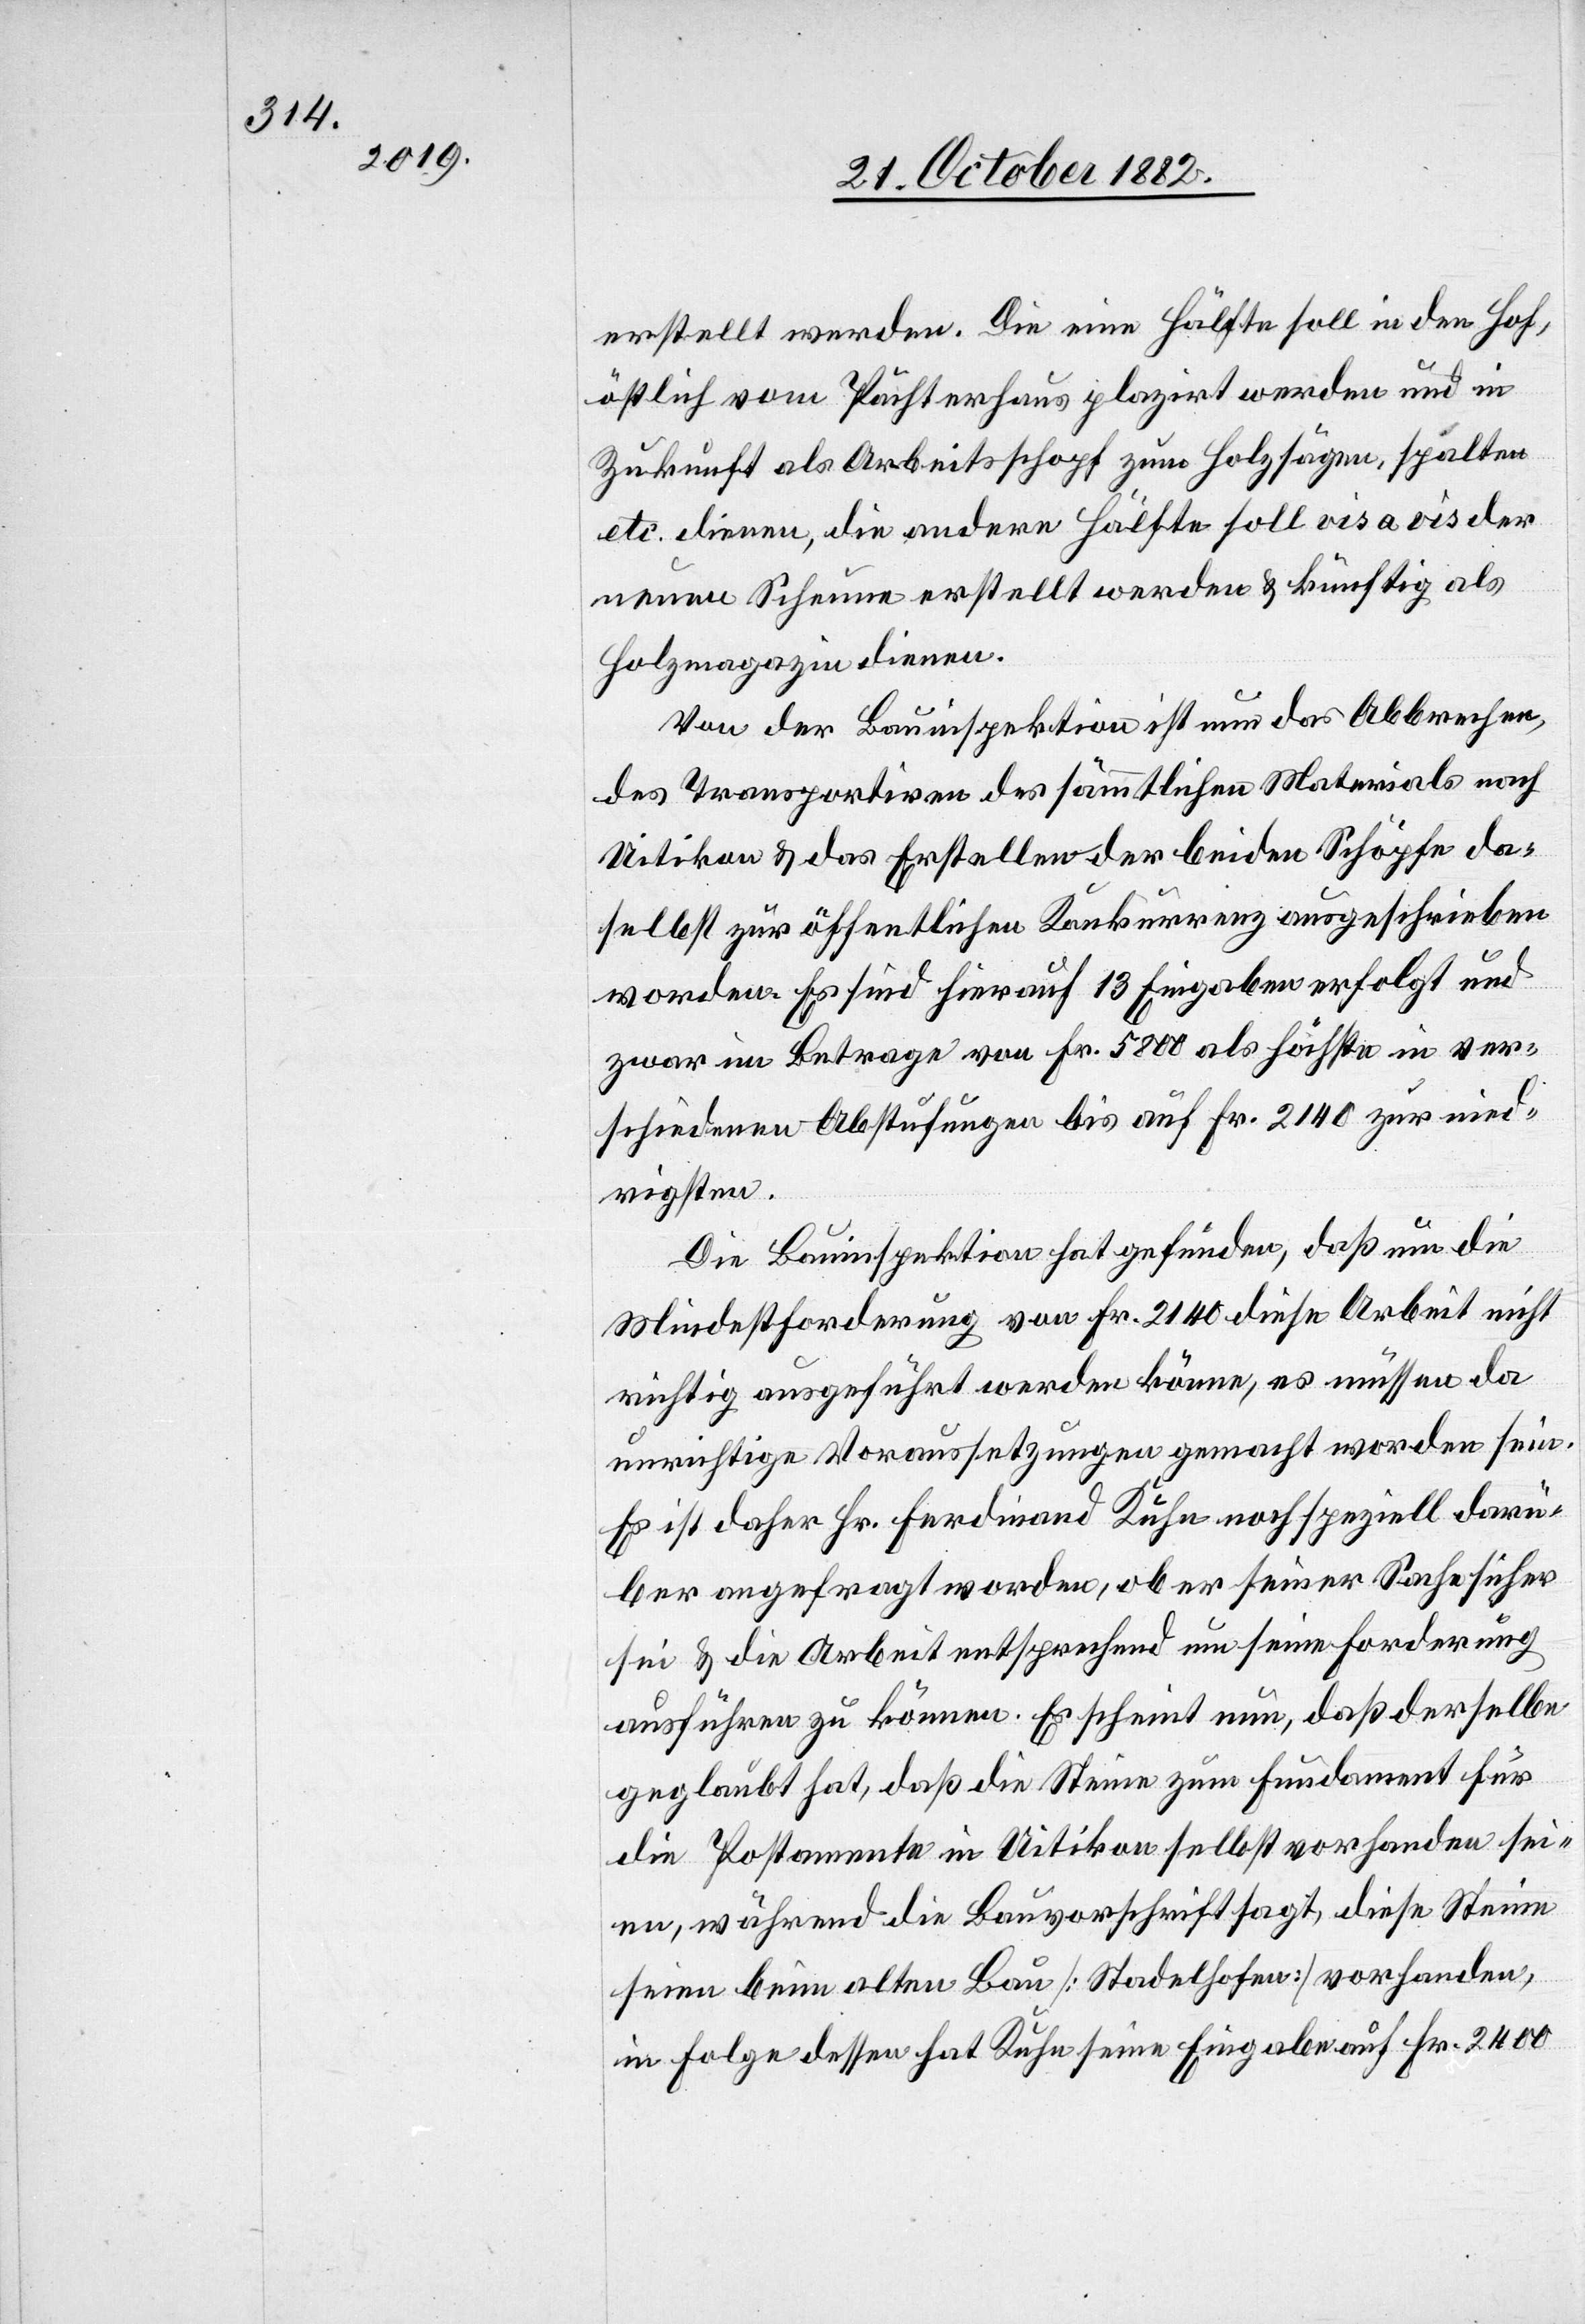
erstellt werden, Die eine Hälfte soll in den Hof,
östlich vom Pächterhaus plazirt werden und in
Zukunft als Arbeitsschopf zum Holzsägen, Spalten,
etc. dienen, die andere Hälfte soll vis a vis der
neuen Scheune erstellt werden & künftig als
Holzmagazin dienen.
Von der Bauinspektion ist nun das Abbrechen,
das] Transportiren des sämmtlichen Materials nach
Uitikon & das Erstellen der beiden Schöpfe da¬
selbst zur öffentlichen Konkurrenz ausgeschrieben
worden. Es sind hierauf 13 Eingaben erfolgt und
zwar im Betrage von Fr. 5800 als Höchste in ver¬
schiedenen Abstufungen bis auf Fr. 2140 zur nied¬
rigsten.
Die Bauinspektion hat gefunden, daß um die
Mindestforderung von Fr. 2140 diese Arbeit nicht
richtig ausgeführt werden könne, es müssen da
unrichtige Voraussetzungen gemacht worden sein.
Es ist daher Hr. Ferdinand Kuhn noch speziell darü¬
ber angefragt worden, ob er seiner Sache sicher
sei & die Arbeit entsprechend um seine Forderung
ausführen zu können. Es scheint nun, daß derselbe
geglaubt hat, daß die Steine zum Fundament für
die Postamente in Uitikon selbst vorhanden sei¬
en, während die Bauvorschrift sagt, diese Steine
seien beim alten Bau [Stadelhofen] vorhanden,
in Folge dessen hat Kuhn seine Eingabe auf Fr. 2400